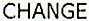
CHANGE